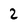
Character: 2